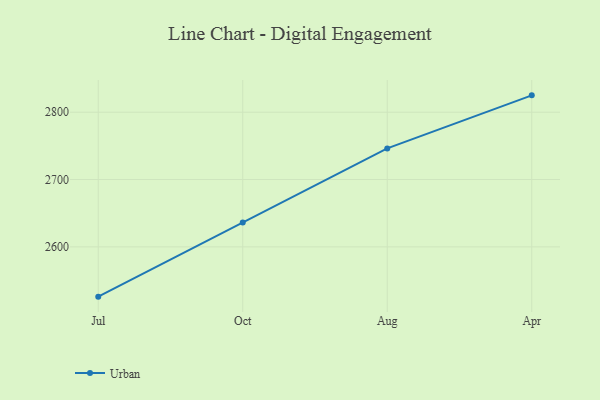
{"axis": {"x": "Month", "y": "Satisfaction Score"}, "legend": ["Urban"], "data": [{"x": "Jul", "y": 2526.0, "type": "Urban"}, {"x": "Oct", "y": 2636.3, "type": "Urban"}, {"x": "Aug", "y": 2746.3, "type": "Urban"}, {"x": "Apr", "y": 2825.1, "type": "Urban"}]}